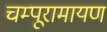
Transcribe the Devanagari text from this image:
चम्पूरामायण